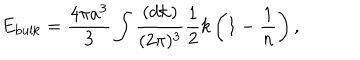
E _ { \mathrm { b u l k } } = { \frac { 4 \pi a ^ { 3 } } { 3 } } \int { \frac { ( d { \bf k } ) } { ( 2 \pi ) ^ { 3 } } } { \frac { 1 } { 2 } } k \left( 1 - { \frac { 1 } { n } } \right) ,